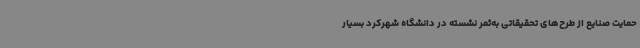
حمایت صنایع از طرح‌های تحقیقاتی به‌ثمر نشسته در دانشگاه شهرکرد بسیار